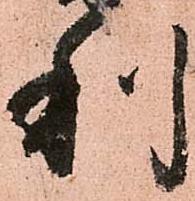
利